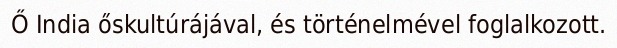
Ő India őskultúrájával, és történelmével foglalkozott.